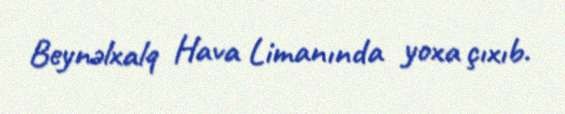
Beynəlxalq Hava Limanında yoxa çıxıb.